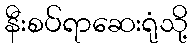
နီးစပ်ရာဆေးရုံသို့